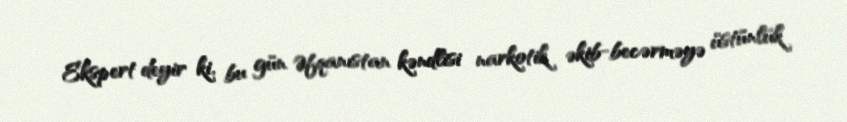
Ekspert deyir ki, bu gün Əfqanıstan kəndlisi narkotik əkib-becərməyə üstünlük